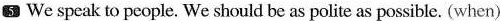
5 We speak to people. We should be as polite as possible. (when) }